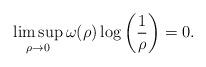
LaTeX: \begin{align*}\limsup_{\rho \to 0} \omega(\rho) \log\left( \frac{1}{\rho} \right) = 0.\end{align*}